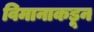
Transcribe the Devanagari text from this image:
विमानाकडून